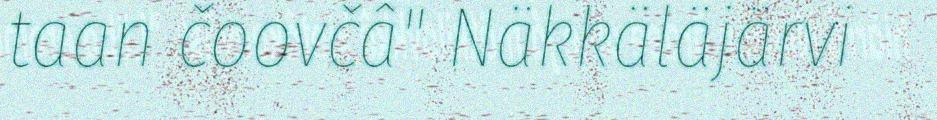
taan čoovčâ" Näkkäläjärvi